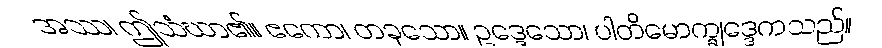
အဿ၊ ဤသံဃာ၏။ ဧကော၊ တခုသော။ ဥဒ္ဒေသော၊ ပါတိမောက္ခုဒ္ဒေကသည်။